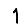
Digit: 1